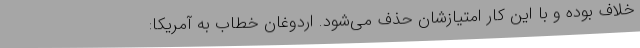
خلاف بوده و با این کار امتیازشان حذف می‌شود. اردوغان خطاب به آمریکا: